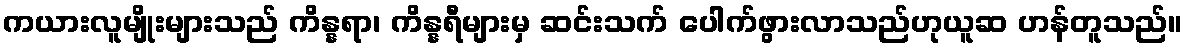
ကယားလူမျိုးများသည် ကိန္နရာ၊ ကိန္နရီများမှ ဆင်းသက် ပေါက်ဖွားလာသည်ဟုယူဆ ဟန်တူသည်။